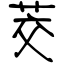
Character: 茭